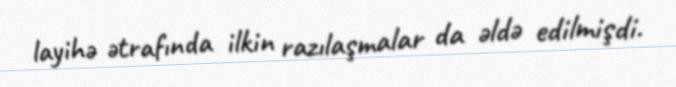
layihə ətrafında ilkin razılaşmalar da əldə edilmişdi.